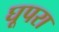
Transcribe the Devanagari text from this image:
घूपरा